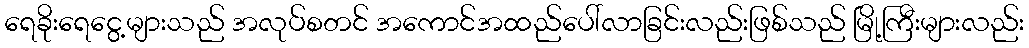
ရေခိုးရေငွေ့များသည် အလုပ်စတင် အကောင်အထည်ပေါ်လာခြင်းလည်းဖြစ်သည် မြို့ကြီးများလည်း